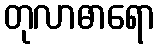
တုလာဓာရော